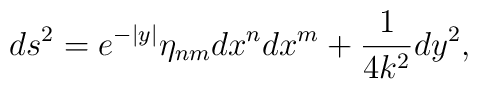
ds^2=e^{-|y|}\eta_{nm}dx^n dx^m + \frac{1}{4k^2}dy^2,